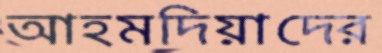
আহমদিয়াদের